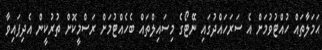
ޙަމަލާތައް ހުއްޓުވުމަށް އެ ސަރަހައްދުގައި ނޭޓޯގެ މިސައިލްތައް ބެހެއްޓުމަށް ރަސްމީކޮށް ތުރުކީން އެދިފައިވާ